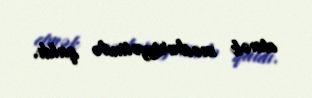
etmək məcburiyyətində qaldı.